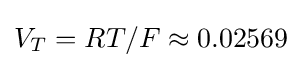
V_{T}=RT/F\approx 0.02569